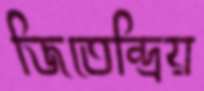
জিতেন্দ্রিয়